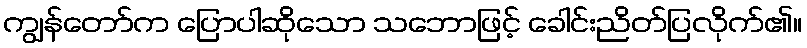
ကျွန်တော်က ပြောပါဆိုသော သဘောဖြင့် ခေါင်းညိတ်ပြလိုက်၏။